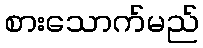
စားသောက်မည်